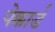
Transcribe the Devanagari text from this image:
पेक्कार्ड